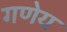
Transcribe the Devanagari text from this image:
गणेय